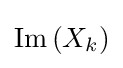
\operatorname {Im} {\left(X_{k}\right)}